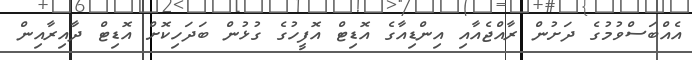
އެއްބަސްވުމުގެ ދަށުން ރާއްޖެއާއި އިންޑިއާގެ އޮޑިޓް އޮފީހުގެ ގުޅުން ބަދަހިކޮށް އޮޑިޓް ދާއިރާއިން